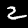
Digit: 2